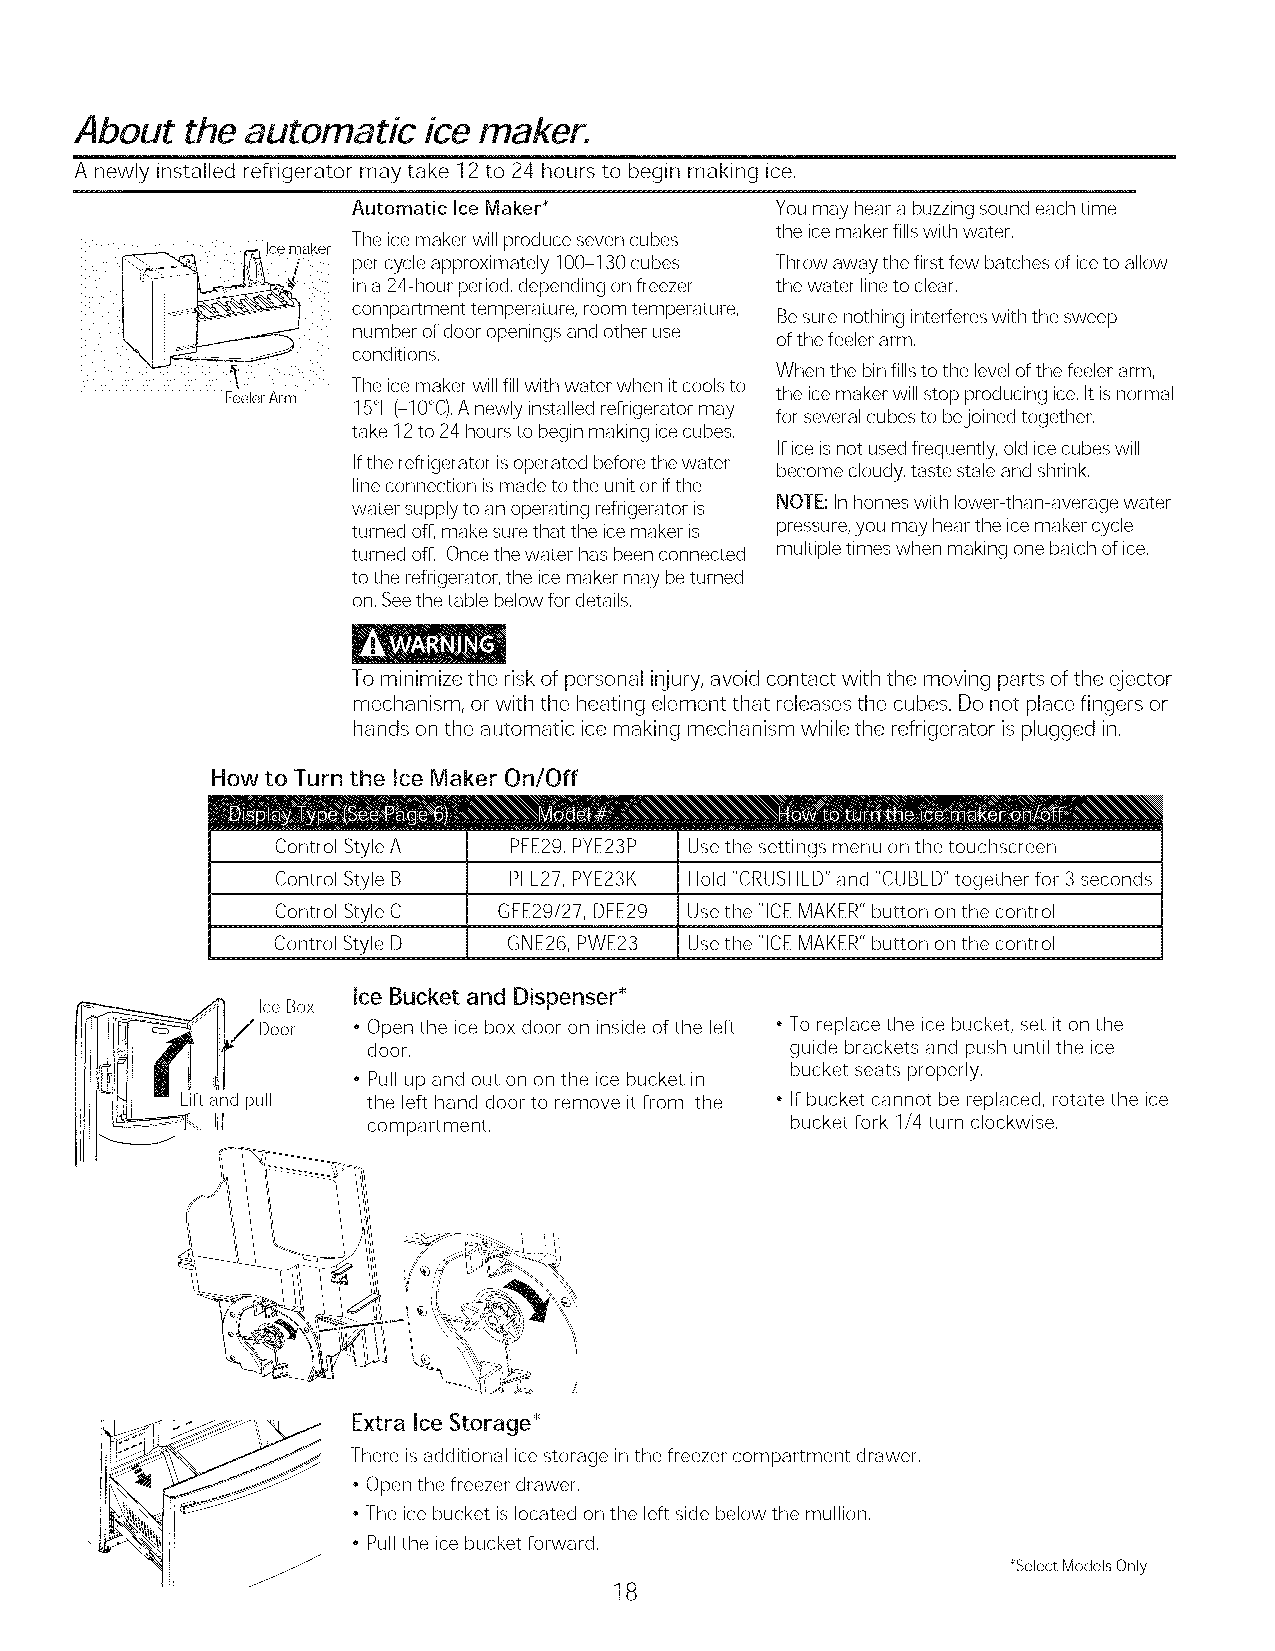
About  the automatic   ice maker.
 Anewly installed refrigerator may take 12 to 24 hours to begin making ice.
 Automatic Ice Maker*        You may hear a buzzing sound each time
 the icemaker fills with water,
 Icemaker The icemaker will produce seven cubes
 per cycle approximately 100-130 cubes Throw away the first few batches of iceto allow
 the water lineto clear,
 ina 24-hour period, depending on freezer
 compartment temperature, room temperature, Besure nothing interferes with the sweep
 number of door openings and other use of the feeler arm,
 conditions,                 When the binfills to the levelof the feeler arm,
 The icemaker willfill with water when itcools to
 the icemaker will stop producing ice, Itisnormal
 FeelerArm 15°F (-10°C),Anewly installed refrigerator may
 for several cubes to bejoined together,
 take 12to 24 hours to begin making ice cubes,
 Ificeisnot used frequently, old icecubes will
 Ifthe refrigerator isoperated before the water become cloudy, taste stale and shrink,
 line connection is made to the unit or ifthe
 water supply to an operating refrigerator is NOTE:Inhomes with lower-than-average water
 turned off,make sure that the ice maker is pressure, you may hear the ice maker cycle
 turned off, Once the water has been connected multiple times when making one batch of ice,
 to the refrigerator, the ice maker may be turned
 on,Seethe table below for details,
 Tominimize the risk of personal injury, avoid contact with the moving parts of the ejector
 mechanism, or with the heating element that releases the cubes. Do not place fingers or
 hands on the automatic ice making mechanism while the refrigerator isplugged in.
 How to Turn the Ice Maker On/Off
 Control Style A PFE29, PYE23P Use the settings menu on the touchscreen
 Control Style B PFE27, PYE23K Hold "CRUSHED" and "CUBED" together for 3 seconds
 Control Style C GFE29/27, DFE29 Use the "ICEMAKER" button on the control
 Control Style D GNE26, PWE23 Use the "ICEMAKER" button on the control
 Ice Bucket and Dispenser*
 Ice Box
 Door  , Open the ice box door on inside of the left , To replace the ice bucket, set it on the
 door,                       guide brackets and push until the ice
 bucket seats properly,
 , Pull up and out on on the ice bucket in
 Liftand pull the left hand door to remove itfrom the , If bucket cannot be replaced, rotate the ice
 II                                    bucket fork 1/4 turn clockwise,
 compartment,
 /:
 Extra Ice Storage*
 There is additional ice storage inthe freezer compartment drawer,
 , Open the freezer drawer,
 , The ice bucket is located on the left side below the mullion,
 , Pullthe ice bucket forward,
 *Select Models Only
 18